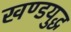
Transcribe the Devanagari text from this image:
खण्डयुद्ध